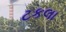
ટકલા